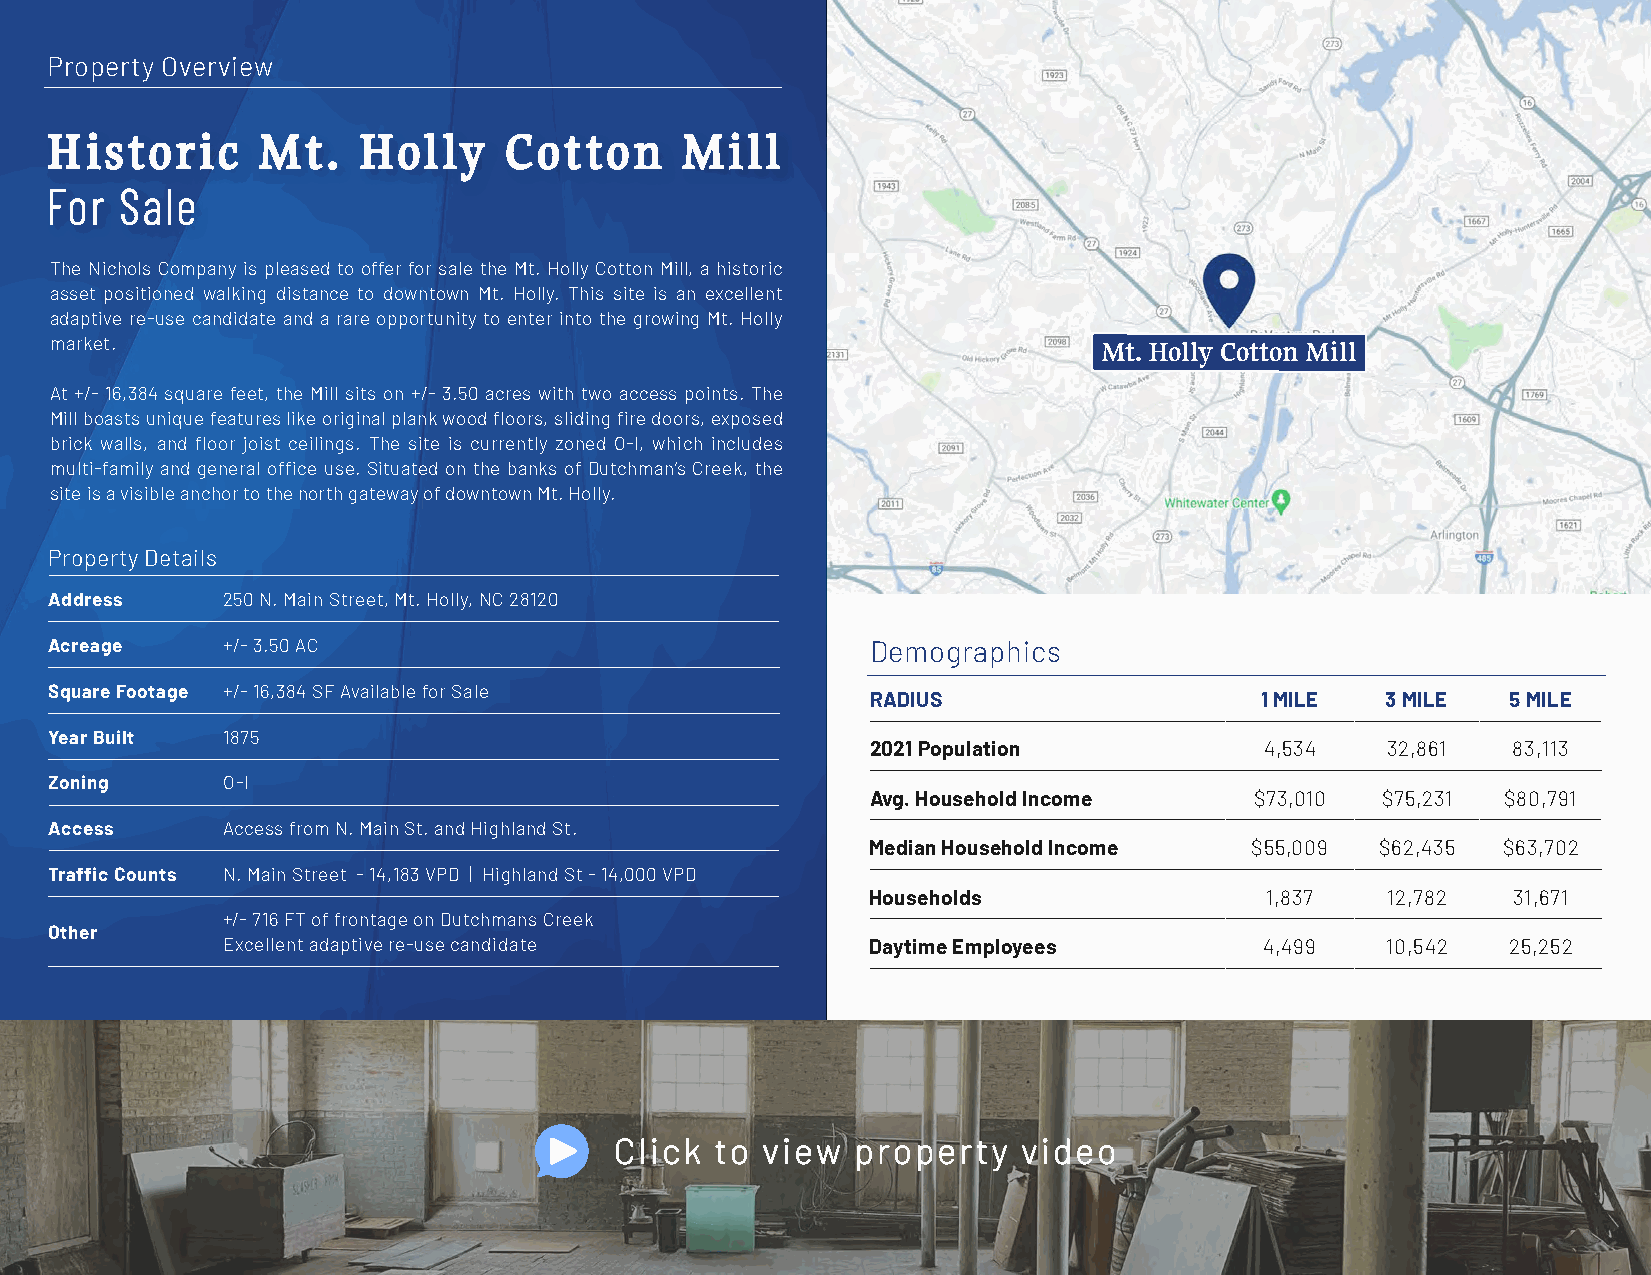
Property Overview
 HHiissttoorriicc MMtt.. HHoollllyy CCoottttoonn MMiillll
 FFoorr SSaallee
 The Nichols Company is pleased to offer for sale the Mt. Holly Cotton Mill, a historic
 asset positioned walking distance to downtown Mt. Holly. This site is an excellent
 adaptive re-use candidate and a rare opportunity to enter into the growing Mt. Holly
 market.                                                               Mt. Holly Cotton Mill
 At +/- 16,384 square feet, the Mill sits on +/- 3.50 acres with two access points. The
 Mill boasts unique features like original plank wood floors, sliding fire doors, exposed
 brick walls, and floor joist ceilings. The site is currently zoned O-I, which includes
 multi-family and general office use. Situated on the banks of Dutchman’s Creek, the
 site is a visible anchor to the north gateway of downtown Mt. Holly.
 Property Details
 Address     250 N. Main Street, Mt. Holly, NC 28120
 Acreage     +/- 3.50 AC                                Demographics
 Square Footage +/- 16,384 SF Available for Sale
 RADIUS                   1 MILE   3 MILE  5 MILE
 Year Built  1875
 2021 Population           4,534   32,861  83,113
 Zoning      O-I
 Avg. Household Income    $73,010 $75,231  $80,791
 Access      Access from N. Main St. and Highland St.
 Median Household Income  $55,009 $62,435 $63,702
 Traffic Counts N. Main Street - 14,183 VPD | Highland St - 14,000 VPD
 Households                1,837   12,782  31,671
 +/- 716 FT of frontage on Dutchmans Creek
 Other
 Excellent adaptive re-use candidate        Daytime Employees         4,499   10,542  25,252
 CClliicckk ttoo vviieeww pprrooppeerrttyy vviiddeeoo